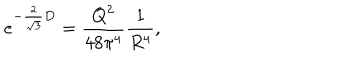
LaTeX: e ^ { - { \frac { 2 } { \sqrt 3 } } D } = { \frac { Q ^ { 2 } } { 4 8 \pi ^ { 4 } } } { \frac { 1 } { R ^ { 4 } } } ,